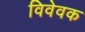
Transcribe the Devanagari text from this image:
विवेवक